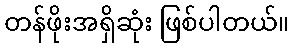
တန်ဖိုးအရှိဆုံး ဖြစ်ပါတယ်။